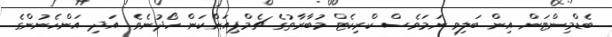
ބެޑްމިންޓަން އިން ބަލިވި ނަމަވެސް ކްރިކެޓް މުބާރާތުގެ ޗެމްޕިއަންކަން ހޯދުނެވެ. އަދި އަންހެނުންގެ